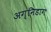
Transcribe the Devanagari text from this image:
अग्निडाग